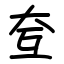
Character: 𡗨